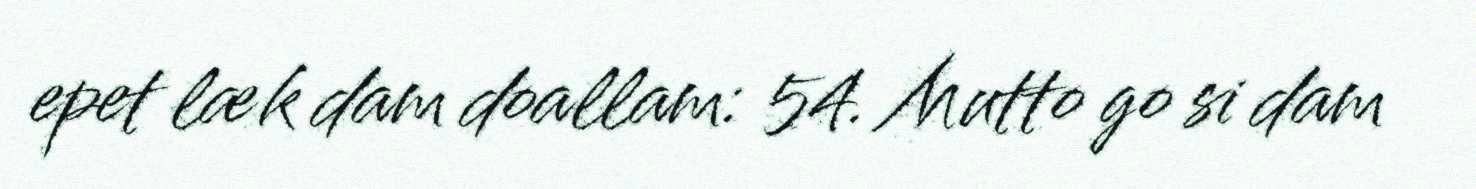
epet læk dam doallam: 54. Mutto go si dam